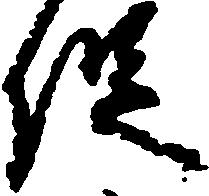
促